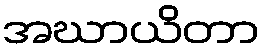
အဃာယိတာ